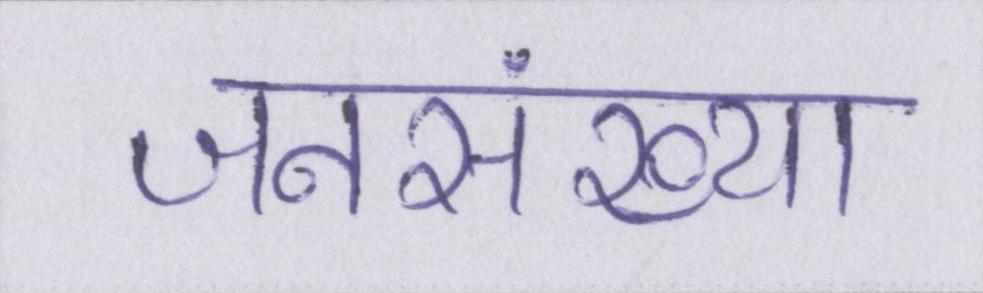
जनसंख्या